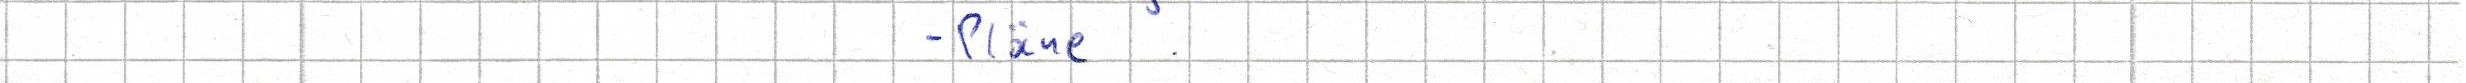
- Pläne